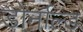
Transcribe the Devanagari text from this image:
डोर्नाल्ड